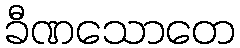
ခီဏသောတေ